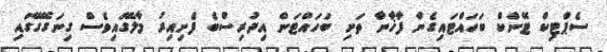
ސެޕްޓިކް ޓޭންކް ބަހައްޓައިގެން ފާޚާނާ ތަށި ބަހައްޓަން އިދުރިސްބެ ފެށިއިރު މާލޭގައިވެސް ގިނަގޭގޭގައި